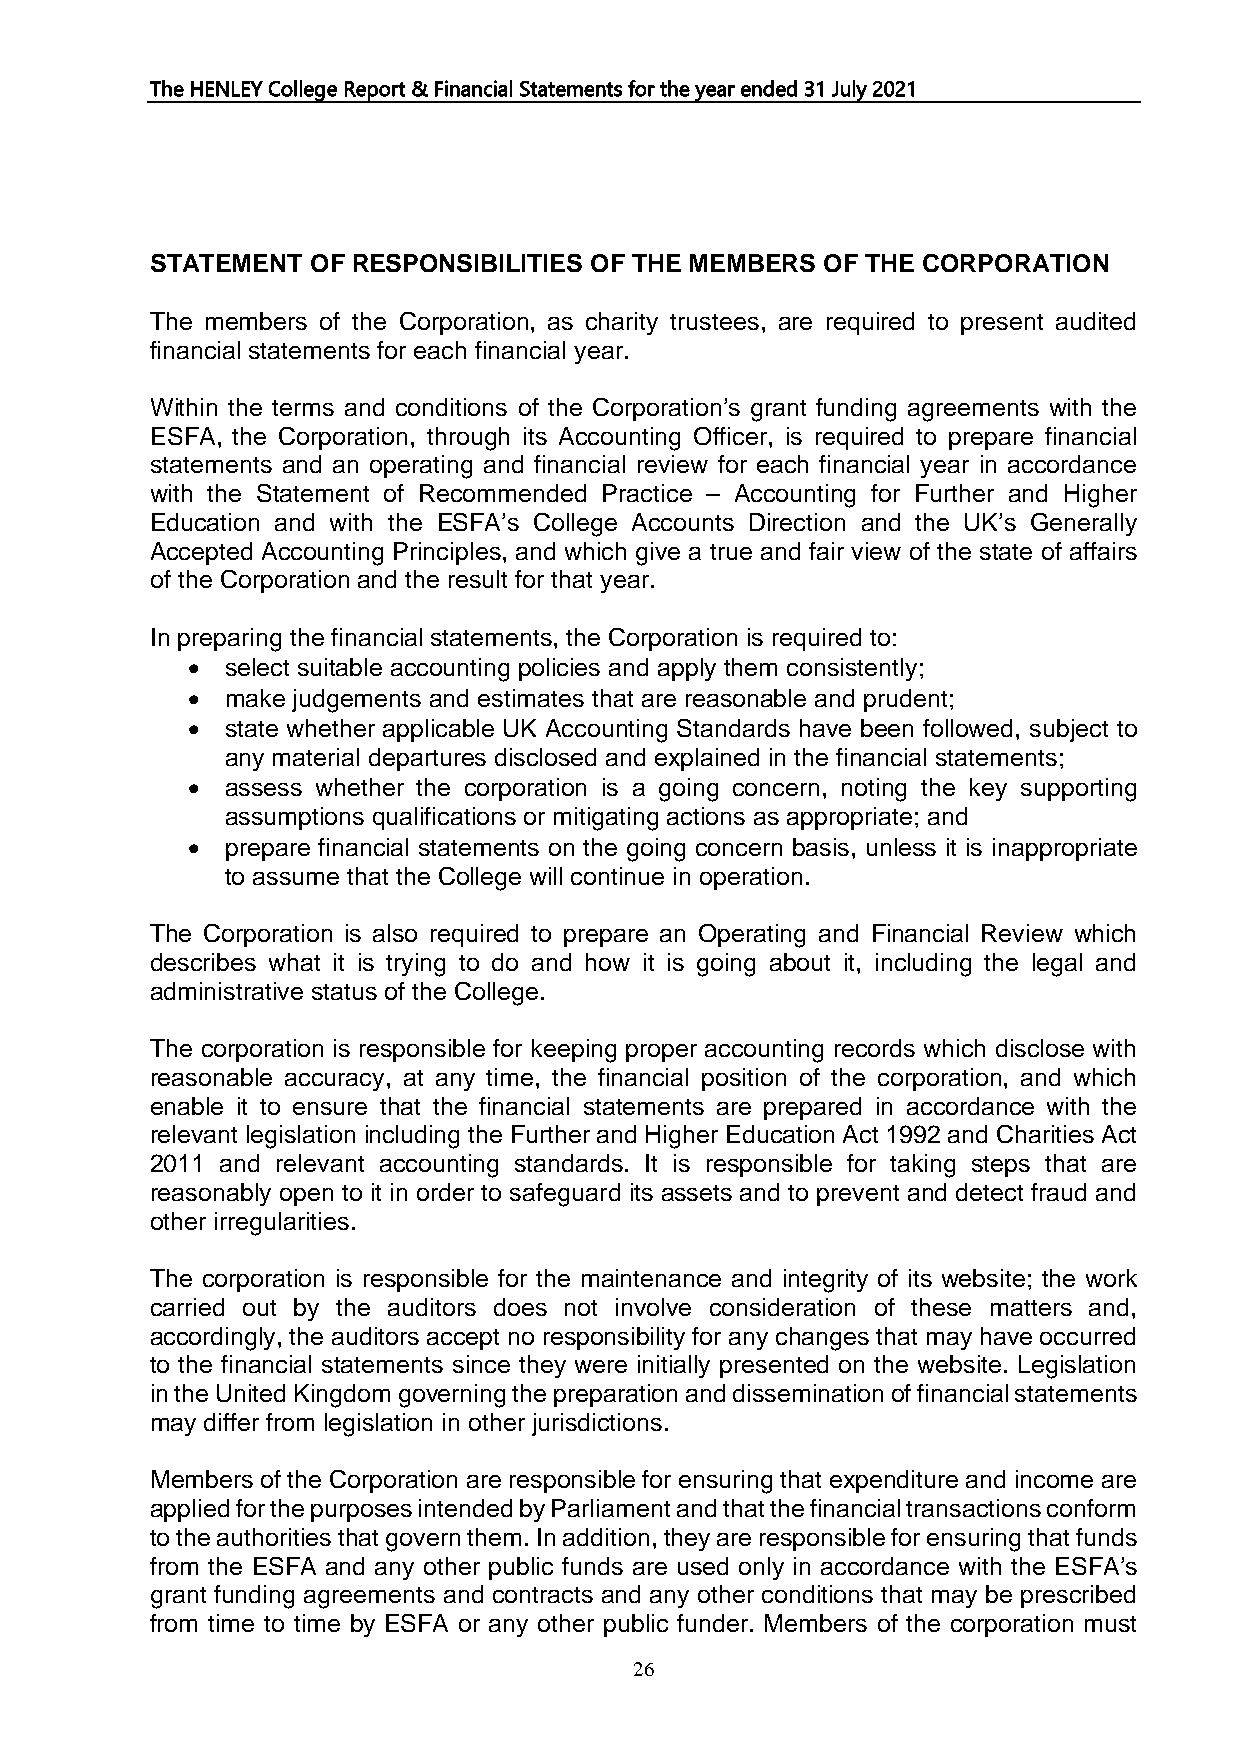
The HENLEY College Report & Financial Statements for the year ended 31 July 2021
 STATEMENT  OF RESPONSIBILITIES OF THE MEMBERS OF THE CORPORATION
 The members of the Corporation, as charity trustees, are required to present audited
 financial statements for each financial year.
 Within the terms and conditions of the Corporation’s grant funding agreements with the
 ESFA, the Corporation, through its Accounting Officer, is required to prepare financial
 statements and an operating and financial review for each financial year in accordance
 with the Statement of Recommended Practice – Accounting for Further and Higher
 Education and with the ESFA’s College Accounts Direction and the UK’s Generally
 Accepted Accounting Principles, and which give a true and fair view of the state of affairs
 of the Corporation and the result for that year.
 In preparing the financial statements, the Corporation is required to:
 •  select suitable accounting policies and apply them consistently;
 •  make judgements and estimates that are reasonable and prudent;
 •  state whether applicable UK Accounting Standards have been followed, subject to
 any material departures disclosed and explained in the financial statements;
 •  assess whether the corporation is a going concern, noting the key supporting
 assumptions qualifications or mitigating actions as appropriate; and
 •  prepare financial statements on the going concern basis, unless it is inappropriate
 to assume that the College will continue in operation.
 The Corporation is also required to prepare an Operating and Financial Review which
 describes what it is trying to do and how it is going about it, including the legal and
 administrative status of the College.
 The corporation is responsible for keeping proper accounting records which disclose with
 reasonable accuracy, at any time, the financial position of the corporation, and which
 enable it to ensure that the financial statements are prepared in accordance with the
 relevant legislation including the Further and Higher Education Act 1992 and Charities Act
 2011 and relevant accounting standards. It is responsible for taking steps that are
 reasonably open to it in order to safeguard its assets and to prevent and detect fraud and
 other irregularities.
 The corporation is responsible for the maintenance and integrity of its website; the work
 carried out by the auditors does not involve consideration of these matters and,
 accordingly, the auditors accept no responsibility for any changes that may have occurred
 to the financial statements since they were initially presented on the website. Legislation
 in the United Kingdom governing the preparation and dissemination of financial statements
 may differ from legislation in other jurisdictions.
 Members of the Corporation are responsible for ensuring that expenditure and income are
 applied for the purposes intended by Parliament and that the financial transactions conform
 to the authorities that govern them. In addition, they are responsible for ensuring that funds
 from the ESFA and any other public funds are used only in accordance with the ESFA’s
 grant funding agreements and contracts and any other conditions that may be prescribed
 from time to time by ESFA or any other public funder. Members of the corporation must
 26